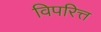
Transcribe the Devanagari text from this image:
विपरित्त